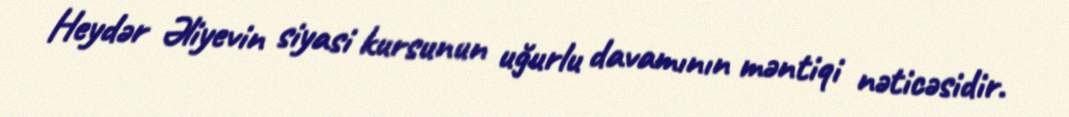
Heydər Əliyevin siyasi kursunun uğurlu davamının məntiqi nəticəsidir.